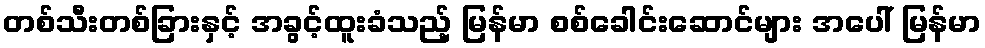
တစ်သီးတစ်ခြားနှင့် အခွင့်ထူးခံသည့် မြန်မာ စစ်ခေါင်းဆောင်များ အပေါ် မြန်မာ